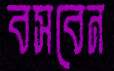
বসবেন